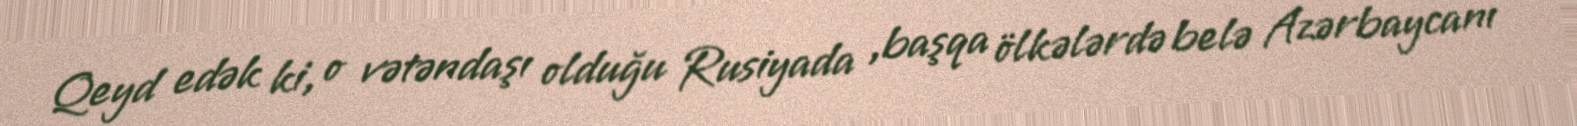
Qeyd edək ki, o vətəndaşı olduğu Rusiyada ,başqa ölkələrdə belə Azərbaycanı